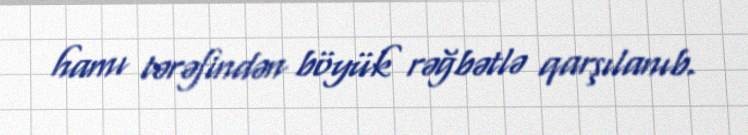
hamı tərəfindən böyük rəğbətlə qarşılanıb.